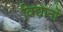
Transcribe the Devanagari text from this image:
विद्यानों